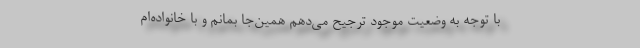
با توجه به وضعیت موجود ترجیح می‌دهم همین‌جا بمانم و با خانواده‌ام